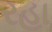
રહા